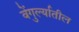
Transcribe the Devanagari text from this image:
वेंगुर्ल्यातील